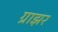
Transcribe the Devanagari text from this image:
ग्राझर